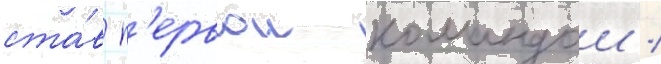
ста́в п'ервои командои /